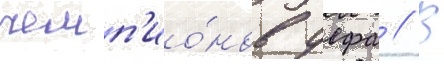
чемп'ио́нов уефа // В